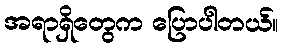
အရာရှိတွေက ပြောပါတယ်။